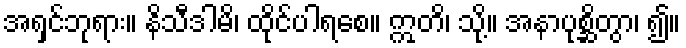
အရှင်ဘုရား။ နိသီဒါမိ၊ ထိုင်ပါရစေ။ ဣတိ၊ သို့။ အနာပုစ္ဆိတွာ၊ ၍။